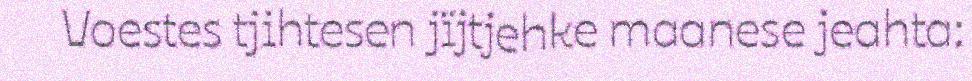
Voestes tjihtesen jïjtjehke maanese jeahta: